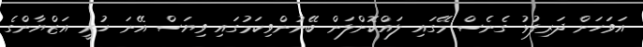
އަވަހަށް ދަރިފުޅު ގެނެސް މޭގައި ލައްކޮށްލަން ބޭނުންވިކަމުގައި ވިޔަސް އޭނަ ހުރީ އަޒްޔާންގެ